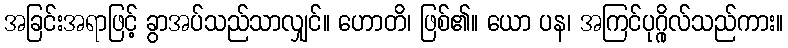
အခြင်းအရာဖြင့် ခွာအပ်သည်သာလျှင်။ ဟောတိ၊ ဖြစ်၏။ ယော ပန၊ အကြင်ပုဂ္ဂိုလ်သည်ကား။